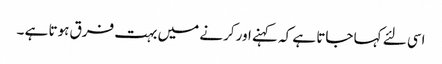
اسی لئے کہا جاتا ہے کہ کہنے اور کرنے میں بہت فرق ہوتا ہے ۔